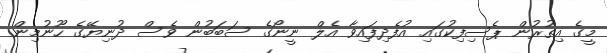
މީގެ އިތުރުން ޕެސިފިކުގައި އުފެދިފައިވާ އެލް ނީނޯގެ ސަބަބުން ވެސް ދުނިޔޭގެ ހޫނުމިން